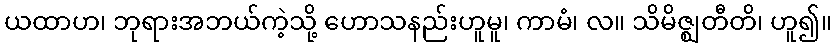
ယထာဟ၊ ဘုရားအဘယ်ကဲ့သို့ ဟောသနည်းဟူမူ၊ ကာမံ၊ လ။ သိမိဇ္ဈတီတိ၊ ဟူ၍။